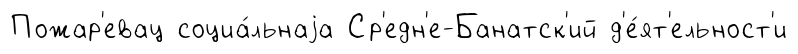
Пожар'евац социа́льнаjа Ср'едн'е-Банатск'ий д'е́ят'ельност'и